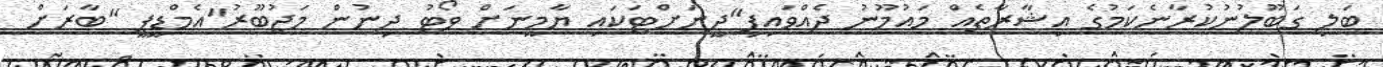
ބަލި ގަބޫލުނުކުރާނެކަމުގެ އިޝާރާތެއް މައުމޫނު ދެއްވައިފި"ދީނަށްޓަކައި ޔާމީނަށް ވޯޓު ދިނުން މަޖުބޫރު"އެމްޑީޕީ "ބާރަށް